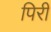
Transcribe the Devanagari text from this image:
पिरी